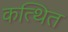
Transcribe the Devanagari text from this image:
कत्थित